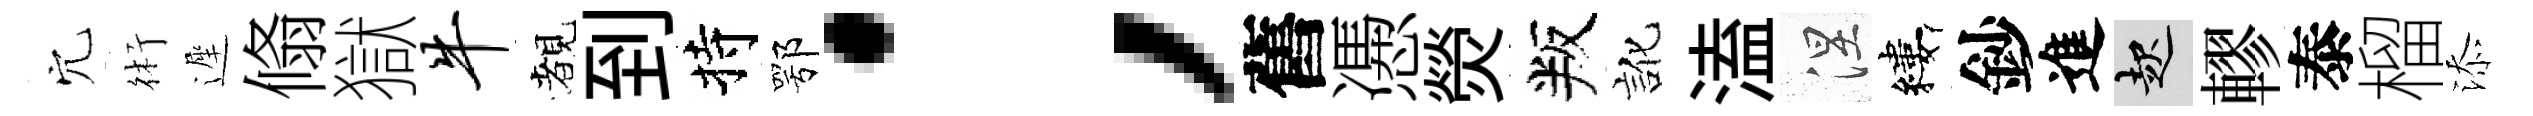
穴術遲翛獄牛覩到持鄂；舊慿熒叛訛溘涅縷鈔進起轇泰榴添